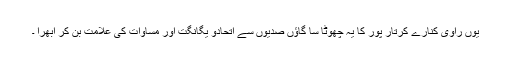
یوں راوی کنارے کرتار پور کا یہ چھوٹا سا گاؤں صدیوں سے اتحادو یگانگت اور مساوات کی علامت بن کر ابھرا ۔